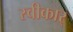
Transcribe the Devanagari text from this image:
स्वीकार्